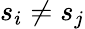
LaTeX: s_{i}\neq s_{j}